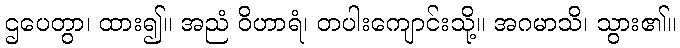
ဌပေတွာ၊ ထား၍။ အညံ ဝိဟာရံ၊ တပါးကျောင်းသို့။ အဂမာသိ၊ သွား၏။